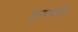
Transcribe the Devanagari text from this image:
मुसमइन